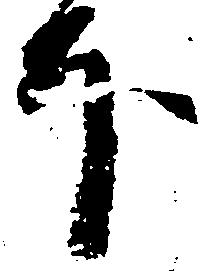
ほ